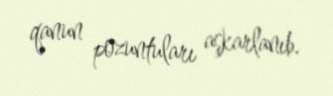
qanun pozuntuları aşkarlanıb.